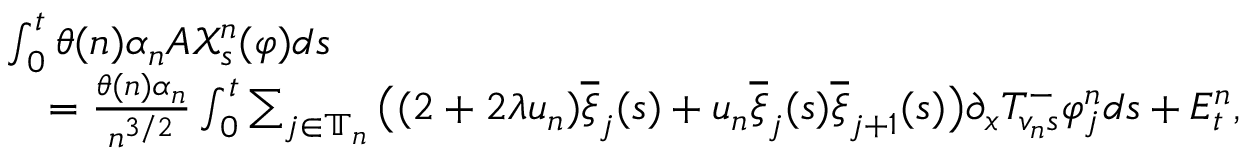
\begin{array} { r l } & { \int _ { 0 } ^ { t } \theta ( n ) \alpha _ { n } A \mathcal { X } _ { s } ^ { n } ( \varphi ) d s } \\ & { \quad = \frac { \theta ( n ) \alpha _ { n } } { n ^ { 3 / 2 } } \int _ { 0 } ^ { t } \sum _ { j \in \mathbb { T } _ { n } } \big ( ( 2 + 2 \lambda \mathfrak { u } _ { n } ) \overline { { \xi } } _ { j } ( s ) + \mathfrak { u } _ { n } \overline { { \xi } } _ { j } ( s ) \overline { { \xi } } _ { j + 1 } ( s ) \big ) \partial _ { x } T _ { v _ { n } s } ^ { - } \varphi _ { j } ^ { n } d s + E _ { t } ^ { n } , } \end{array}